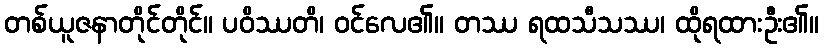
တစ်ယူဇနာတိုင်တိုင်။ ပဝိဿတိ၊ ဝင်လေ၏။ တဿ ရထသီသဿ၊ ထိုရထားဦး၏။